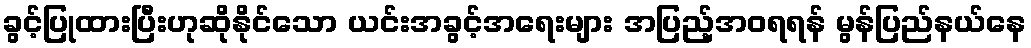
ခွင့်ပြုထားပြီးဟုဆိုနိုင်သော ယင်းအခွင့်အရေးများ အပြည့်အဝရရန် မွန်ပြည်နယ်နေ